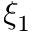
\xi _ { 1 }